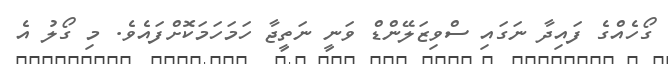
ގޯހެއްގެ ފައިދާ ނަގައި ސްވިޒަލޭންޑް ވަނީ ނަތީޖާ ހަމަހަމަކޮށްފައެވެ. މި ގޯލު އެ